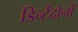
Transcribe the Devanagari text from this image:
डिर्न्टदोनों